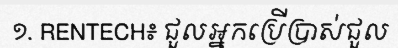
១. RENTECH៖ ជួលអ្នកប្រើប្រាស់ជួល